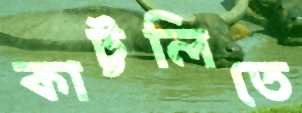
কাট্টলিতে